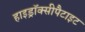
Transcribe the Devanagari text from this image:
हाइड्रॉक्सीपैटाइट